Lunatic asylums in Bengal annual reports 1899-1911 - 1899-1911
Year: 1899
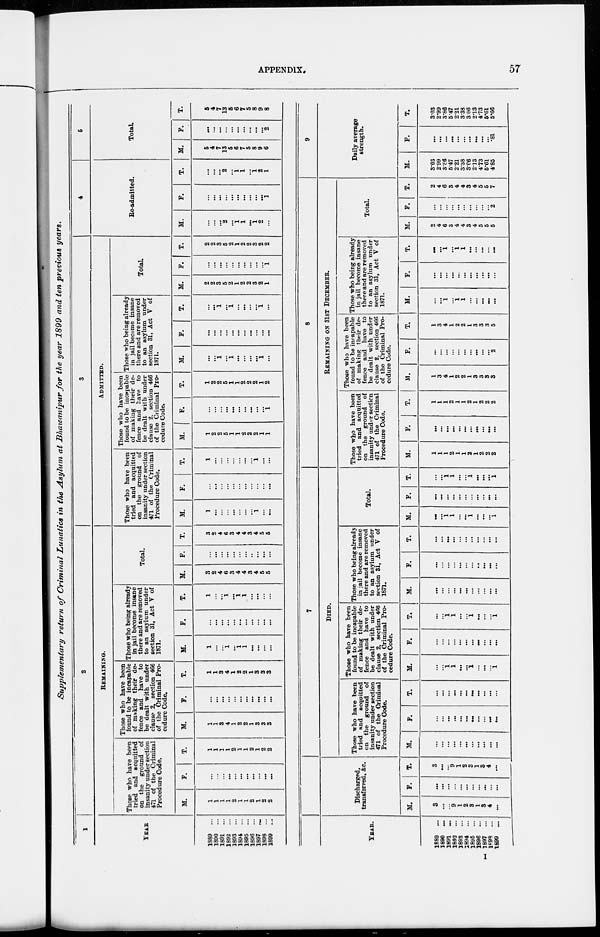
APPENDIX.
57
Supplementary return of Criminal Lunatics in the Asylum at Bhawanipur for the year 1899 and ten previous years.
1
YEAR
1889 ...
1890 ...
1891 ...
1892 ...
1893 ...
1894 ...
1895 ...
1896 ...
1897 ...
1898 ...
1899 ...
2
REMAINING.
Those who have been
tried and acquitted
on the ground of
insanity under section
471 of the Criminal
Procedure Code.
M.
1
1
1
1
2
1
1
2
1
2
2
F.
...
...
...
...
...
...
...
...
...
...
...
T.
1
1
1
1
2
1
1
2
1
2
2
Those who have been
found to be incapable
of making their de-
fence and have to
be dealt with under
clause 2, section 466
of the Criminal Pro-
cedure Code.
M.
1
1
3
4
1
2
2
1
3
3
3
F.
...
...
...
...
...
...
...
...
...
...
...
T.
1
1
3
4
1
2
2
1
3
3
3
Those who being already
in jail become insane
there and are removed
to an asylum under
section 31, Act V of
1871.
M.
1
...
...
1
...
1
1
...
...
...
...
F.
...
...
...
...
...
...
...
...
...
...
...
T.
1
...
...
1
...
1
1
...
...
...
...
Total.
M.
3
2
4
6
3
4
4
3
4
5
5
F.
...
...
...
...
...
...
...
...
...
...
...
T.
3
2
4
6
3
4
4
3
4
5
6
3
ADMITTED.
Those who have been
tried and acquitted
on the ground of
insanity under section
471 of the Criminal
Procedure Code.
M.
1
...
...
...
...
...
...
...
1
...
...
F.
...
...
...
...
...
...
...
...
...
...
...
T.
1
...
...
...
...
...
...
...
1
...
...
Those who have been
found to be incapable
of making their de-
fence and have to
be dealt with under
clause 2, section 466
of the Criminal Pro-
cedure Code.
M.
1
2
2
5
1
1
2
2
2
1
1
F.
...
...
...
...
...
...
...
...
...
...
1
T.
1
2
2
5
1
1
2
2
2
1
2
Those who being already
in jail become insane
there and are removed
to an asylum under
section 31, Act V of
1871.
M.
...
...
1
...
1
...
...
...
...
1
...
F.
...
...
...
...
...
...
...
...
...
...
...
T.
...
...
1
...
1
...
...
...
...
1
...
Total.
M.
2
2
3
5
2
1
2
2
3
2
1
F.
...
...
...
...
...
...
...
...
...
...
1
T.
2
2
3
5
2
1
2
2
3
2
2
4
Re-admitted.
M.
...
...
...
2
...
1
1
...
1
2
...
F.
...
...
...
...
...
...
...
...
...
...
1
T.
...
...
...
2
...
1
1
...
1
2
1
5
Total.
M.
5
4
7
13
5
6
7
5
8
9
6
F.
...
...
...
...
...
...
...
...
...
...
2
T.
5
4
7
13
5
6
7
5
8
9
8
YEAR.
1889...
1890 ...
1891...
1892 ...
1893 ...
1894...
1895 ...
1896 ...
1897...
1898...
1899...
Discharged,
transferred, &c.
M.
3
...
...
9
1
2
3
1
3
4
...
F.
...
...
...
...
...
...
...
...
...
...
...
T.
3
...
...
9
1
2
3
1
3
4
...
7
DIED.
Those who have been
tried and acquitted
on the ground of
insanity under section
471 of the Criminal
Procedure Code.
M.
...
...
...
...
...
...
...
...
...
...
...
F.
...
...
...
...
...
...
...
...
...
...
...
T.
...
...
...
...
...
...
...
...
...
...
...
Those who have been
found to be incapable
of making their de-
fence and have to
be dealt with under
clause 2, section 466
of the Criminal Pro-
cedure Code.
M.
...
...
1
1
...
...
1
...
...
...
1
F.
...
...
...
...
...
...
...
...
...
...
...
T.
...
...
1
1
...
...
1
...
...
...
1
Those who being already
in jail become insane
there and are removed
to an asylum under
section 31. Act V of
1871.
M.
...
...
...
...
...
...
...
...
...
...
...
F.
...
...
...
...
...
...
...
...
...
...
...
T.
...
...
...
...
...
...
...
...
...
...
...
Total.
M.
...
...
1
1
...
...
1
...
...
...
1
F.
...
...
...
...
...
...
...
...
...
...
...
T.
...
...
1
1
...
...
1
...
...
...
1
8
REMAINING ON 31ST DECEMBER.
Those who have been
tried and acquitted
on the ground of
insanity under section
471 of the Criminal
Procedure Code.
M.
1
1
1
2
1
1
2
1
2
2
2
F.
...
...
...
...
...
...
...
...
...
...
...
T.
1
1
1
2
1
1
2
1
2
2
2
Those who have been
found to be incapable
of making their de-
fence and have to
be dealt with under
clause 2, section 466
of the Criminal Pro-
cedure Code.
M.
1
3
4
1
2
2
1
3
3
3
3
F.
...
...
...
...
...
...
...
...
...
...
2
T.
1
3
4
1
2
2
1
3
3
3
5
Those who being already
in jail become insane
there and are removed
to an asylum under
section 31, Act V of
1871.
M.
...
...
1
...
1
1
...
...
...
...
...
F.
...
...
...
...
...
...
...
...
...
...
...
T.
...
...
1
...
1
1
...
...
...
...
...
Total.
M.
2
4
6
3
4
4
3
4
5
5
5
F.
...
...
...
...
...
...
...
...
...
...
2
T.
2
4
6
3
4
4
3
4
5
6
7
9
Daily average
strength.
M.
3.03
2.99
8.86
5.47
2.21
3.38
3.06
2.13
4.73
5.61
4.85
F.
...
...
...
...
...
...
...
...
...
...
.81
T.
3.03
2.99
3.86
5.47
2.21
3.38
3.06
2.13
4.73
5.61
5.66
I